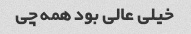
خیلی عالی بود همه چی